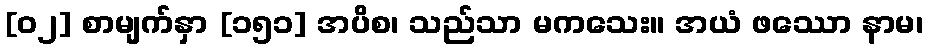
[၀၂] စာမျက်နှာ [၁၅၁] အပိစ၊ သည်သာ မကသေး။ အယံ ဖဿော နာမ၊